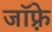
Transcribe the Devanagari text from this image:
जाॅफ़्रे